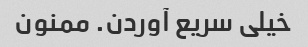
خیلی سریع آوردن. ممنون